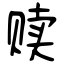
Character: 赎